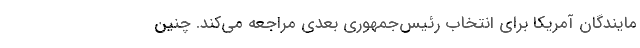
مایندگان آمریکا برای انتخاب رئیس‌جمهوری بعدی مراجعه می‌کند. چنین